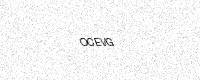
Text: OCEVG